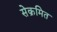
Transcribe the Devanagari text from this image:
सेक्रमित